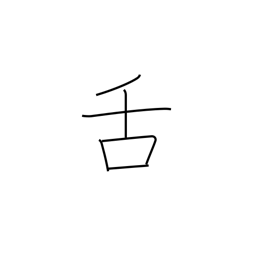
Meaning: tongue